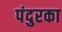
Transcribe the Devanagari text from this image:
पंदुरका